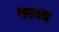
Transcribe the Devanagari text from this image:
परयह